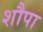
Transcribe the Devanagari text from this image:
शौपा